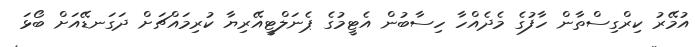
އުމޭރު ކިރްގިސްތާން ހާފުގެ މެދެއްހާ ހިސާބުން އެޓީމުގެ ޕެނަލްޓީއޭރިޔާ ކުރިމައްޗަށް ދަގަނޑޭއަށް ބޯޅަ